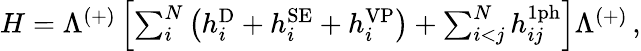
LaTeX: \begin{array}{r}{H=\Lambda^{(+)}\left[\sum_{i}^{N}\left(h_{i}^{\mathrm{D}}+h_{i}^{\mathrm{SE}}+h_{i}^{\mathrm{VP}}\right)+\sum_{i<j}^{N}h_{ij}^{\mathrm{1ph}}\right]\Lambda^{(+)}\, ,}\end{array}